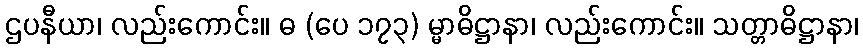
ဌပနီယာ၊ လည်းကောင်း။ ဓ (ပေ ၁၇၃) မ္မာဓိဋ္ဌာနာ၊ လည်းကောင်း။ သတ္တာဓိဋ္ဌာနာ၊